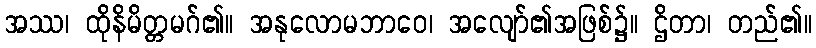
အဿ၊ ထိုနိမိတ္တမဂ်၏။ အနုလောမဘာဝေ၊ အလျော်၏အဖြစ်၌။ ဌိတာ၊ တည်၏။